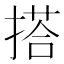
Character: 搭